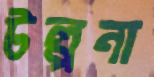
টল্পনা